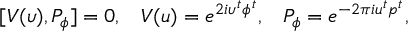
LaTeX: [ V ( \upsilon ) , P _ { \phi } ] = 0 , \; \; \; V ( u ) = e ^ { 2 i \upsilon ^ { t } \phi ^ { t } } , \; \; \; P _ { \phi } = e ^ { - 2 \pi i u ^ { t } p ^ { t } } ,